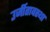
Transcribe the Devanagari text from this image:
उर्जीतावस्था